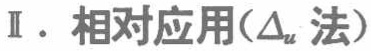
Ⅱ. 相对应用($\Delta_{u}$ 法)